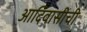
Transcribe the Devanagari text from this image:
आदिवासीची